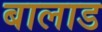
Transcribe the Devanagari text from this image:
बालाड